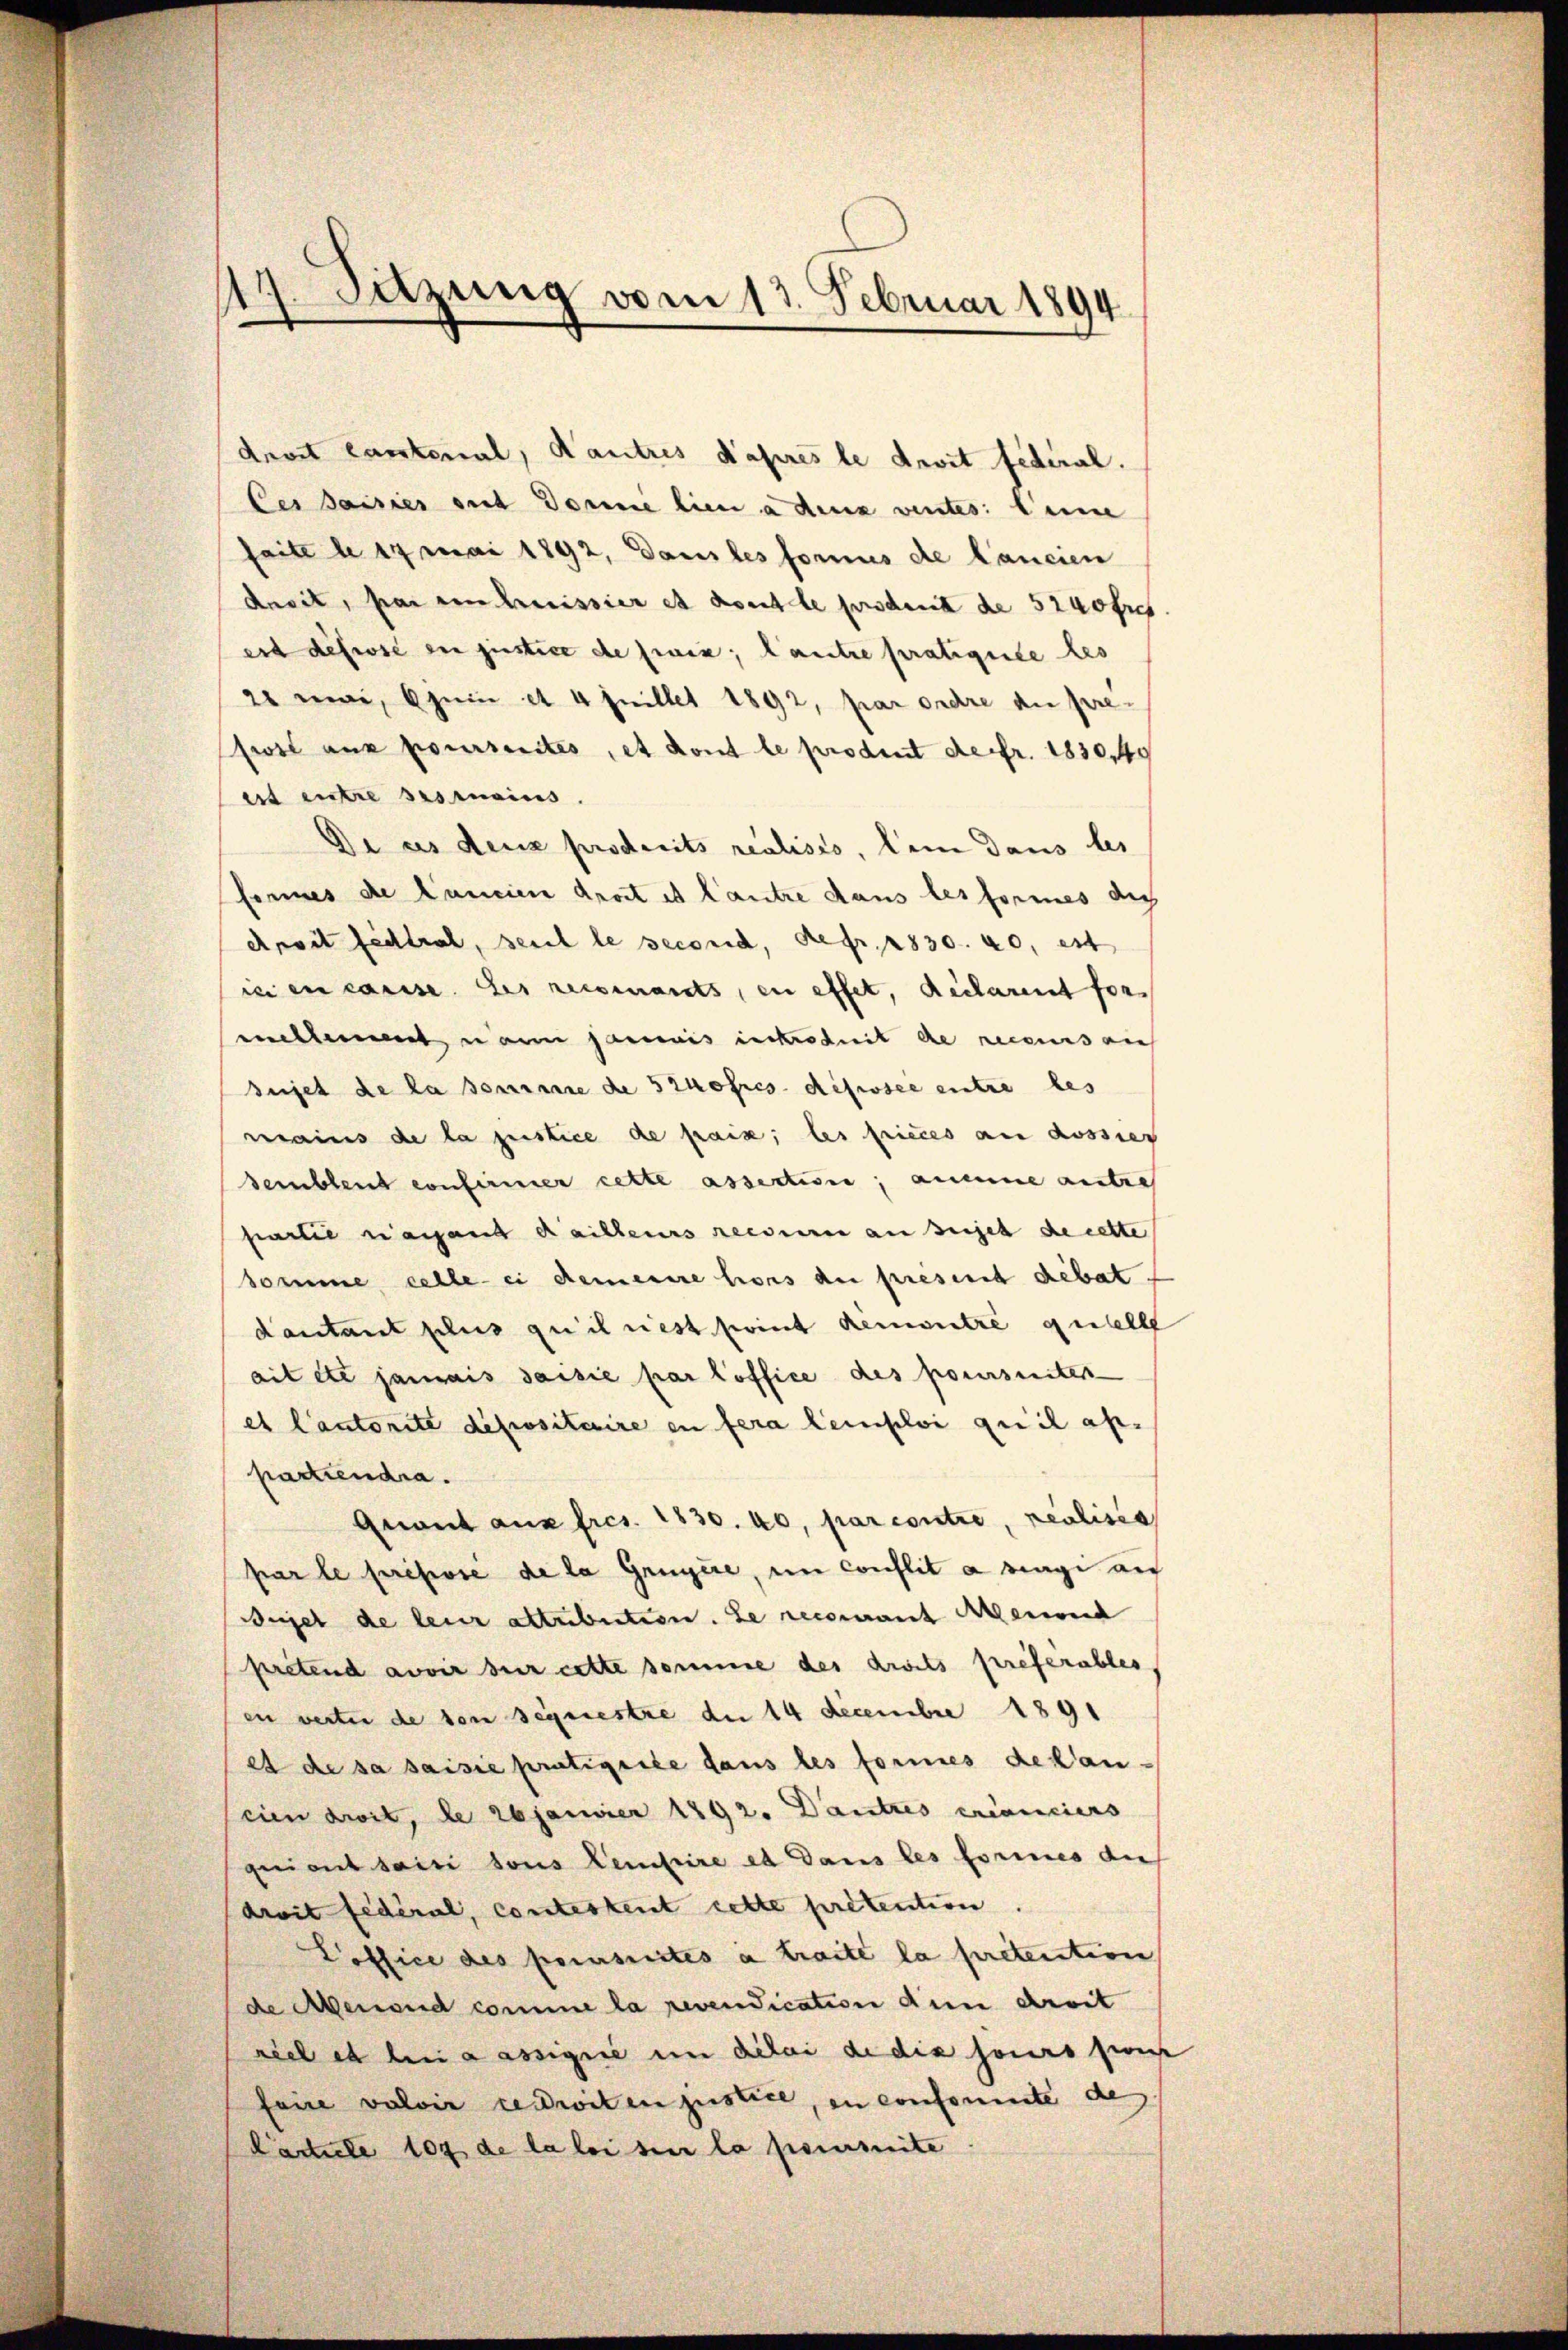
4. Satzung vom 13. Februar 1894
d

droit lautenal, Kautres Kaprès le droit federal.
Des Jaisies mit Donne lien a dens ventes: keine
saite a 17 Mai 1892, Dans les fornis de lancien
Anvit, par ein heissier et dont le produit de 5240 fris
erd desse ein justice de sein; autre pratiquile des
21 mai, 6jein et 4 Juillet 1892, par ordre au pre-
swil aus pourraites, et dont le produit de fr. 1830,40
ert entre ses mains.
Di es deux producits realisio, dein dans les
feries de Cancien droit es lautre dans les formes die
Apoit fadtrat, seit le second, defr. 2830. 40, est
ici en casse des reisenants, en effet, Reclarent for
eillem neun Jammis intredit de recours auf
sujet de la somme de szuofres disposée entre les
mains de la justice de paix, les friedes an Rossier
semblent confirmer cette assection, aneine autre
partie angend dailleurs reise an sujet de cette
Somme celle ei demeine hors de present debat.
dautant plus quilnest point demontre quell
ait etc jamais saisie par loffice des poursuites
es Cantonité depositaire en fera leinploi qui il ap-
partiendra.
Quant aus fres. 1830. 40, par contie, realisie
par le présore de la Gruyère, im Conflit a Magi au
Weigel de leur altribution. Le recomant Alemand
pretend avoir sur cette somme des droits preferables
en werter de von Sequestre de 14 Decembre 1891
es de sa saisie pratigiiée dans les formes de lau-
cien droit, de 26 Janvier 1792. Dantres créanciers
quient saisi tous Centire et dans les formes die
droit fédéral, contestent cette prétention.
Poffice des poursuites a traite la pretention
de Aenoud comme la revendication den dreit
viel es bei a assignie im Dilai de dix jours pron
faire valoir redditen justice, in conformte de
Carticle 107 de la loi sur la perimite